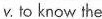
v.lo know the